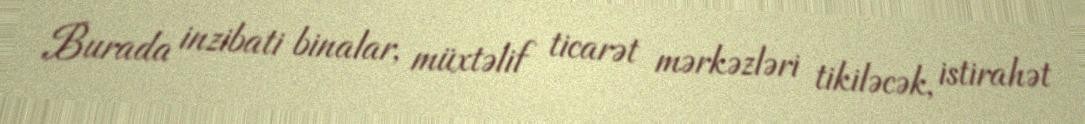
Burada inzibati binalar, müxtəlif ticarət mərkəzləri tikiləcək, istirahət